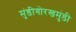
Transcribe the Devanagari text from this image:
मुंडीगोरखमुंडी